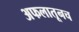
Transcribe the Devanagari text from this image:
अफलातूनच